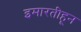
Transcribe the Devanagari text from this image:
इमारतीहून